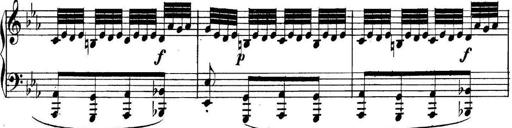
Title: Collected Piano Sonatas
Composer: Muzio Clementi